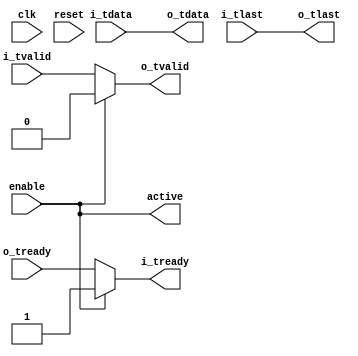
//
// Copyright 2017 Ettus Research
// Copyright 2018 Ettus Research, a National Instruments Company
//
// SPDX-License-Identifier: LGPL-3.0-or-later
//
// Throttle input stream.
//

module axi_throttle #(
  parameter INITIAL_STATE = 0,   // Throttle state after reset
  parameter WAIT_FOR_LAST = 0,   // 0: Throttle mid packet, 1: Wait for end of packet
  parameter WIDTH         = 64
)(
  input clk,
  input reset,
  input enable,
  output active,
  input [WIDTH-1:0] i_tdata,
  input i_tlast,
  input i_tvalid,
  output i_tready,
  output [WIDTH-1:0] o_tdata,
  output o_tlast,
  output o_tvalid,
  input o_tready
);

  reg throttle_reg = INITIAL_STATE[0];
  reg mid_pkt;

  assign active = WAIT_FOR_LAST ? throttle_reg : enable;

  assign o_tdata  = i_tdata;
  assign o_tlast  = i_tlast;
  assign o_tvalid = active ? 1'b0 : i_tvalid;
  assign i_tready = active ? 1'b1 : o_tready;

  always @(posedge clk) begin
    if (reset) begin
      mid_pkt      <= 1'b0;
      throttle_reg <= INITIAL_STATE[0];
    end else begin
      if (i_tvalid & i_tready) begin
        mid_pkt    <= ~i_tlast;
      end
      if (enable & ((i_tvalid & i_tready & i_tlast) | (~mid_pkt & (~i_tvalid | ~i_tready)))) begin
        throttle_reg <= 1'b1;
      end else if (~enable) begin
        throttle_reg <= 1'b0;
      end
    end
  end

endmodule